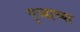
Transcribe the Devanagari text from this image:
पृथ्वाच्या